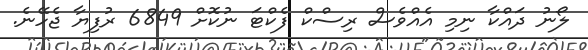
ލޯނު ދައްކާ ނިމި އެއްވެސް ރިސްކް ފެކްޓަ ނުކޮށް 6849 ރުފިޔާ ޖެހޭނެ.